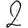
Digit: 2